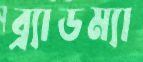
ব্র্যাডম্যা